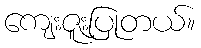
ကျေးဇူးပြုတယ်။